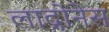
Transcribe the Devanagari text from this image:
लाद्रोनेस